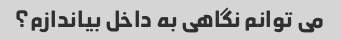
می توانم نگاهی به داخل بیاندازم؟